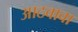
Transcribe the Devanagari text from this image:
आठवावा